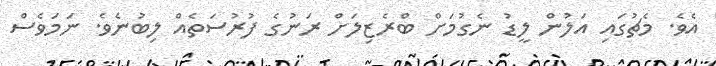
އެވެ. މެޗުގައި އަލުން ލީޑު ނެގުމަށް ބްރެޒިލަށް ރަނުގެ ފުރުސަތެއް ލިބުނެވެ. ނަމަވެސް